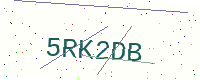
Text: 5RK2DB